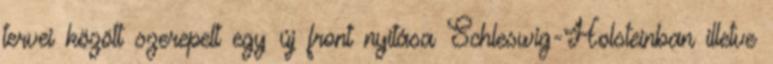
tervei között szerepelt egy új front nyitása Schleswig-Holsteinban illetve